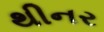
થીનર